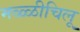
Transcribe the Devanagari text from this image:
मळ्ळीचिलू